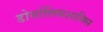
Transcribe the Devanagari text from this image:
डोर्सालिसशामिल